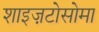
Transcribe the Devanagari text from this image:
शाइज़टोसोमा